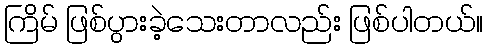
ကြိမ် ဖြစ်ပွားခဲ့သေးတာလည်း ဖြစ်ပါတယ်။